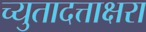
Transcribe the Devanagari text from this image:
च्युतादत्ताक्षरा